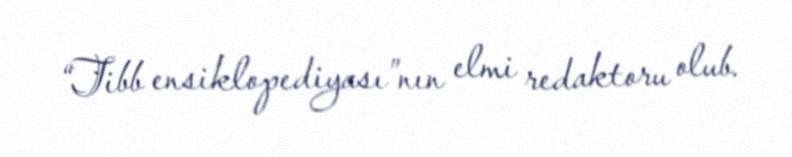
“Tibb ensiklopediyası”nın elmi redaktoru olub.